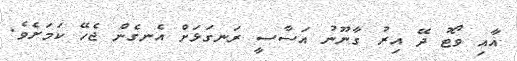
އާއި ވޯޓު ދޭ އިރު ގާނޫނު އަސާސީ ރަނގަޅަށް އެނގެން ޖެހޭ ކަމަށެވެ.